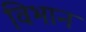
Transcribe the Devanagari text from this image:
विभान